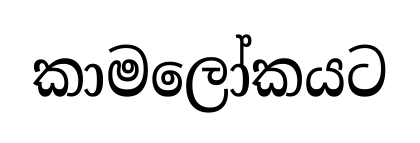
කාමලෝකයට